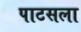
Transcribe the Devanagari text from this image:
पाटसला